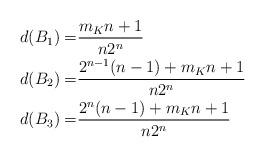
LaTeX: \begin{align*} d(B_1)=&\frac{m_Kn+1}{n2^n} \\ d(B_2)=&\frac{ 2^{n-1}(n-1)+ m_Kn+1}{n2^n} \\ d(B_3)=&\frac{2^n(n-1)+m_Kn+1}{n2^n}\end{align*}